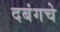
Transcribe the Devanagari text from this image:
दबंगचे